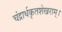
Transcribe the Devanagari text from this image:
चंद्रार्धकृतशेखराम्‌।